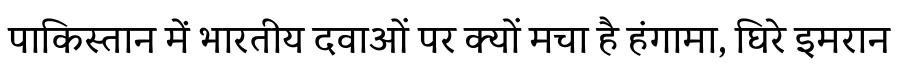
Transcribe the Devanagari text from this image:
पाकिस्तान में भारतीय दवाओं पर क्यों मचा है हंगामा, घिरे इमरान